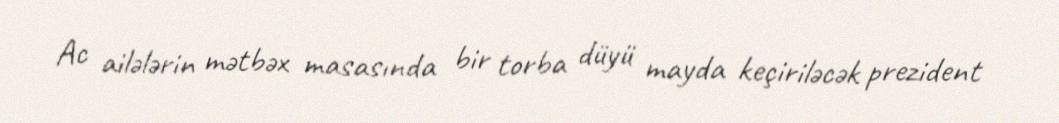
Ac ailələrin mətbəx masasında bir torba düyü mayda keçiriləcək prezident